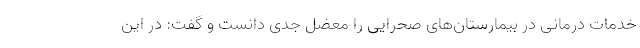
خدمات درمانی در بیمارستان‌های صحرایی را معضل جدی دانست و گفت: در این